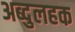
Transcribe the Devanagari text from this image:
अब्दुलहक